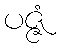
ပဇ္ဇံ